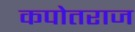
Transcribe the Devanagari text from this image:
कपोतराज